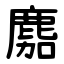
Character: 䴥